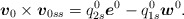
\begin{align*}\mbox{\mathversion{bold}$v$}_{0}\times \mbox{\mathversion{bold}$v$}_{0ss}=q^{0}_{2s}\mbox{\mathversion{bold}$e$}^{0} - q^{0}_{1s} \mbox{\mathversion{bold}$w$}^{0}.\end{align*}